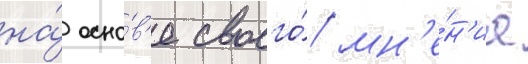
на́ осно́в'е своего́ мн'е́н'иа